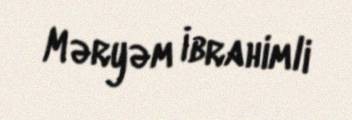
Məryəm İbrahimli